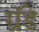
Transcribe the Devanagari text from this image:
ग्रॅंडे